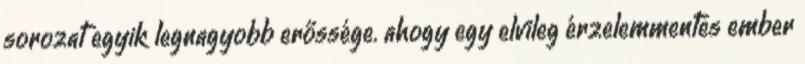
sorozat egyik legnagyobb erőssége. ahogy egy elvileg érzelemmentes ember